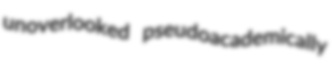
unoverlooked pseudoacademically